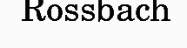
Rossbach